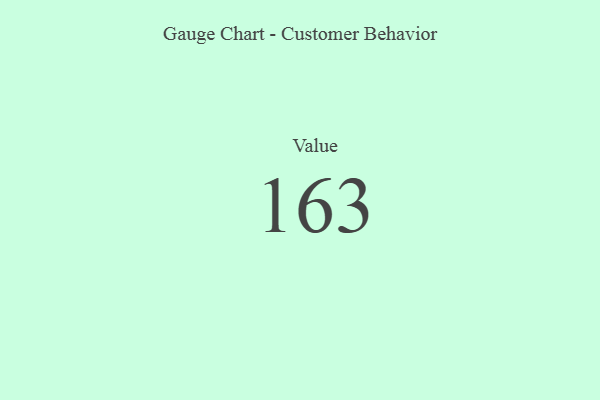
{"axis": {"x": "Metric", "y": "Value"}, "legend": [""], "data": [{"x": "Value", "y": 163, "type": ""}]}